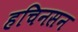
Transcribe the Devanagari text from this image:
हचिनसन